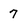
Character: 7